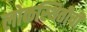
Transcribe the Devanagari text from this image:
लोकस्थितीची